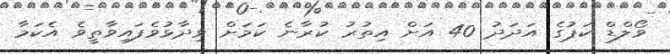
ވޯލްޑް ކަޕުގެ އަދަދު 40 އަށް އިތުރު ކުރާނެ ކަމަށް ވިދާޅުވެފައިވާތީވެ އެކަމާ